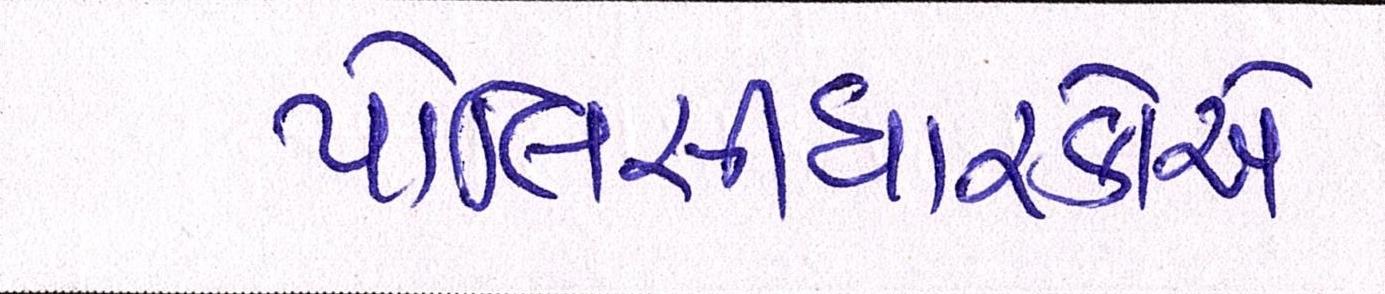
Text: પોલિસીધારકોએ